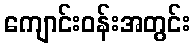
ကျောင်းဝန်းအတွင်း